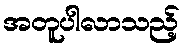
အတူပါလာသည့်